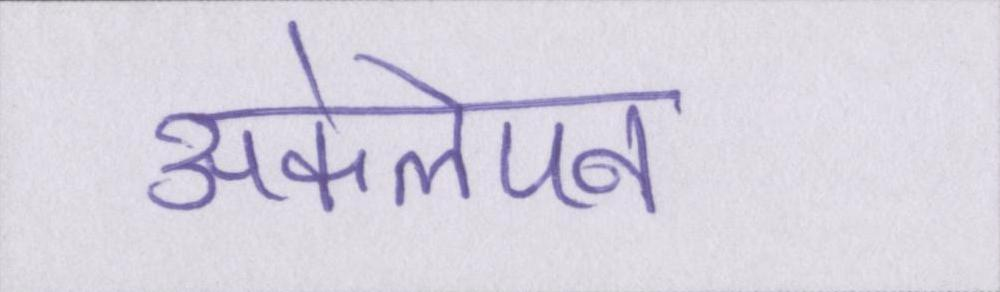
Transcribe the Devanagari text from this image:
अकेलेपन